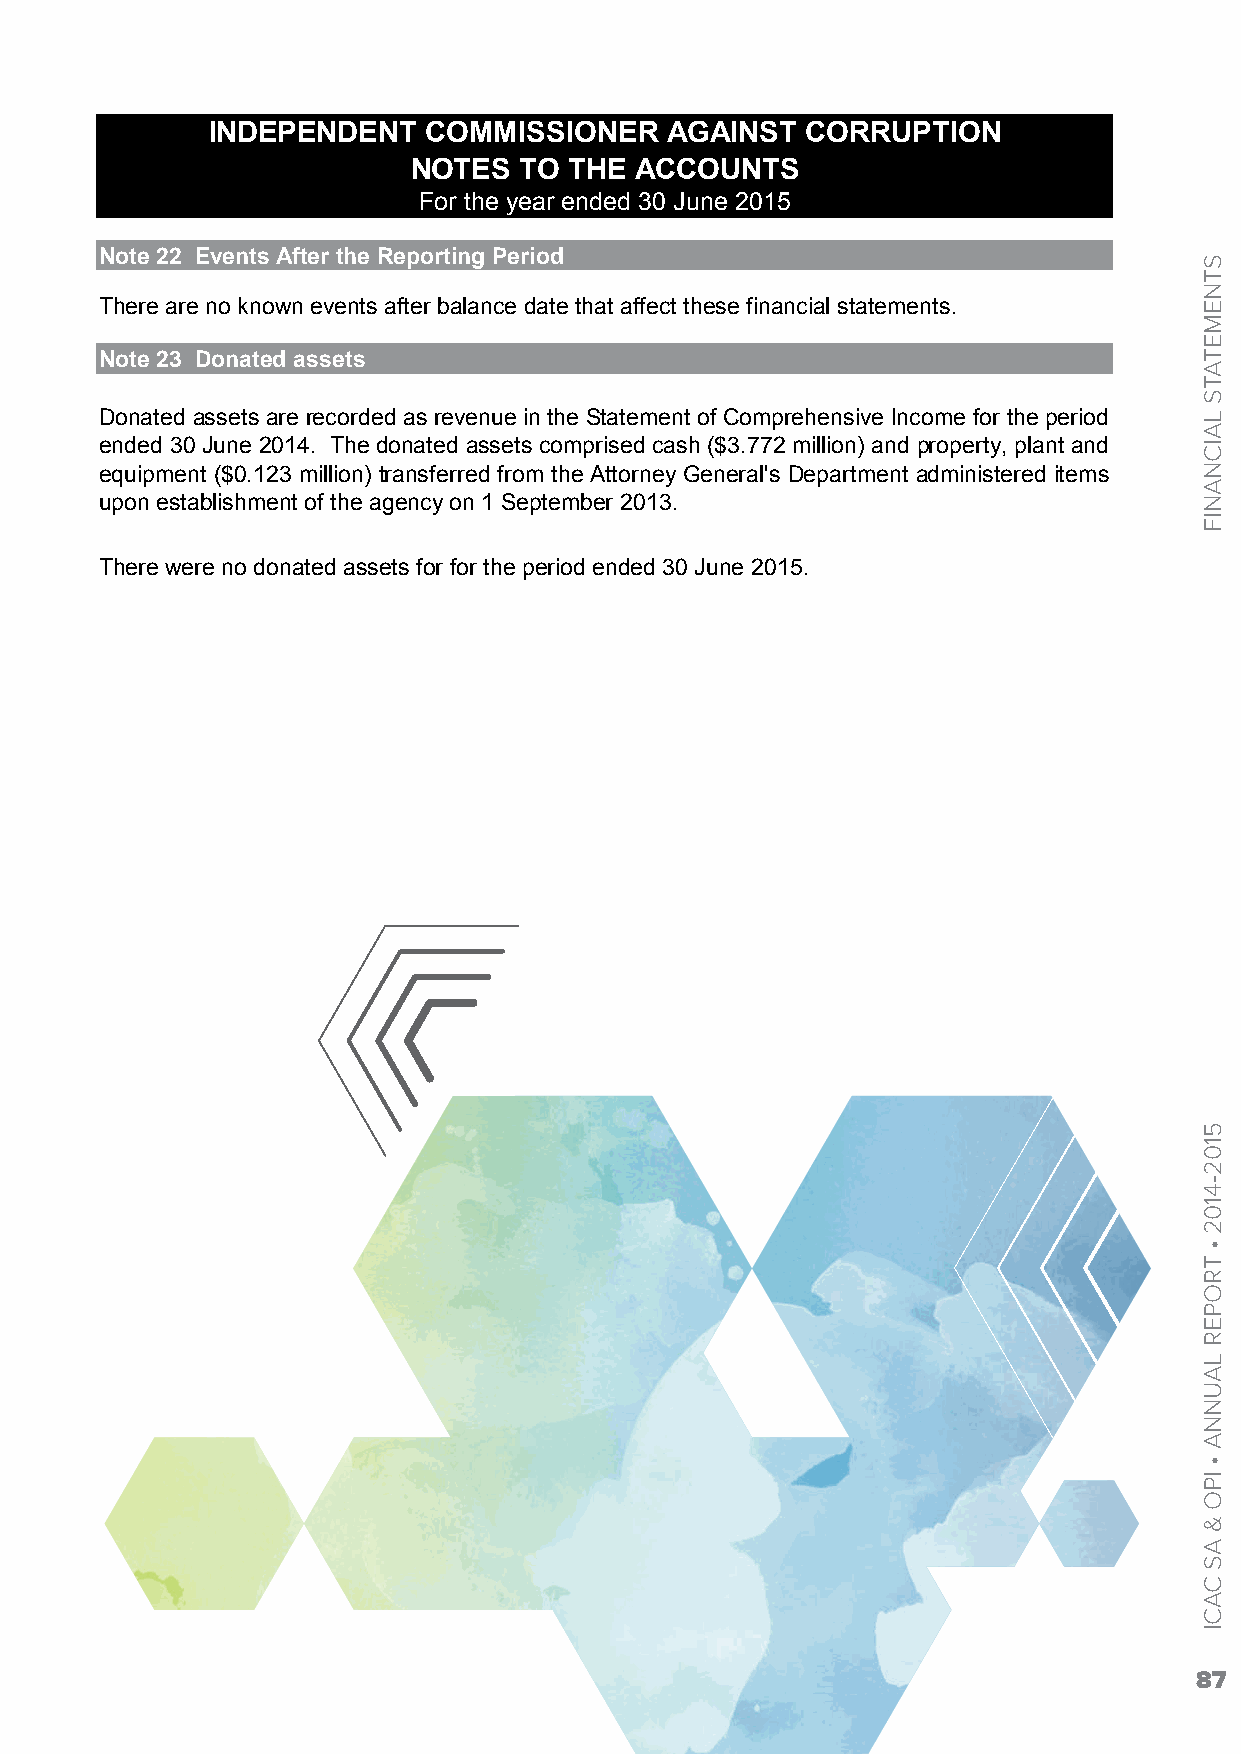
INDEPENDENT   COMMISSIONER    AGAINST  CORRUPTION
 NOTES  TO  THE ACCOUNTS
 For the year ended 30 June 2015
 Note 22 Events After the Reporting Period
 There are no known events after balance date that affect these financial statements.
 Note 23 Donated assets
 Donated assets are recorded as revenue in the Statement of Comprehensive Income for the period
 ended 30 June 2014. The donated assets comprised cash ($3.772 million) and property, plant and
 equipment ($0.123 million) transferred from the Attorney General's Department administered items
 upon establishment of the agency on 1 September 2013.
 There were no donated assets for for the period ended 30 June 2015.
 87
 STNEMETATS
 LAICNANIF
 5102-4102
 •
 TROPER
 LAUNNA
 •
 IPO
 &
 AS
 CACI